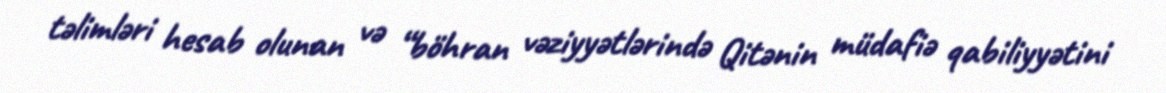
təlimləri hesab olunan və “böhran vəziyyətlərində Qitənin müdafiə qabiliyyətini